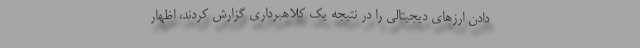
دادن ارزهای دیجیتالی را در نتیجه یک کلاهبرداری گزارش کردند، اظهار